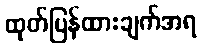
ထုတ်ပြန်ထားချက်အရ